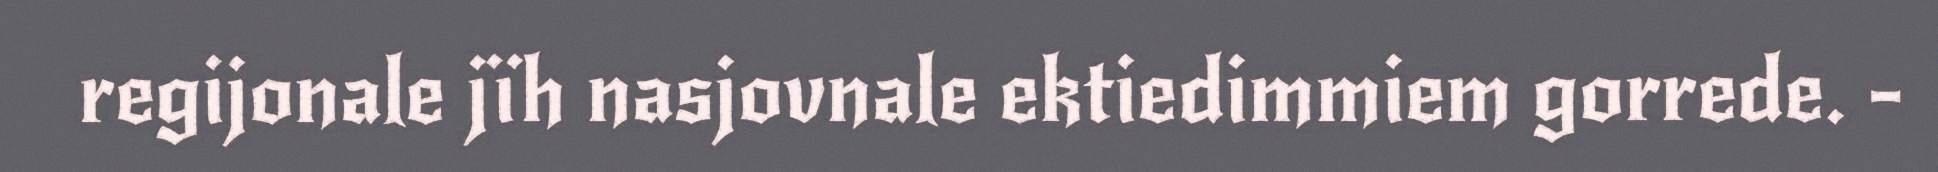
regijonale jïh nasjovnale ektiedimmiem gorrede. -